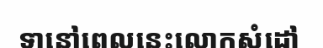
ទានៅពេលនេះលោកសំដៅ